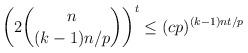
LaTeX: \begin{align*} \left(2\binom{n}{(k-1)n/p}\right)^t\leq (cp)^{(k-1)nt/p}\end{align*}